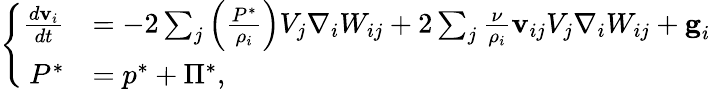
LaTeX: \left\{ \begin{array}{rl}{\frac{d\textbf{v}_{i}}{dt}}&{=-2\sum_{j}\left(\frac{{P}^{*}}{\rho_{i}}\right)V_{j}\nabla_{i}W_{ij}+2\sum_{j}\frac{\nu}{\rho_{i}}\textbf{v}_{ij}V_{j}\nabla_{i}W_{ij}+\textbf{g}_{i}}\\ {{P}^{*}}&{={p}^{*}+{\Pi}^{*},}\end{array}\right.